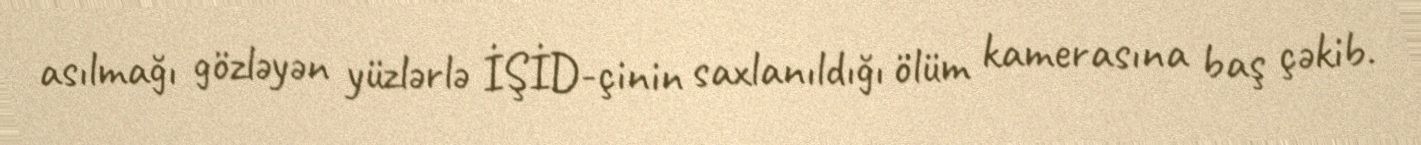
asılmağı gözləyən yüzlərlə İŞİD-çinin saxlanıldığı ölüm kamerasına baş çəkib.